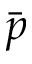
\bar { p }